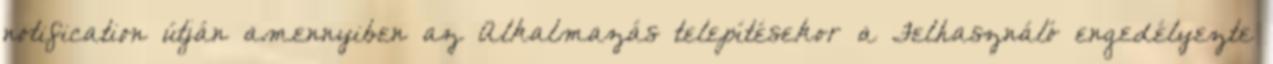
notification útján amennyiben az Alkalmazás telepítésekor a Felhasználó engedélyezte